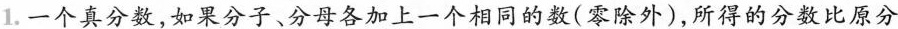
1.一个真分数，如果分子、分母各加上一个相同的数(零除外)，所得的分数比原分